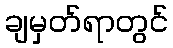
ချမှတ်ရာတွင်